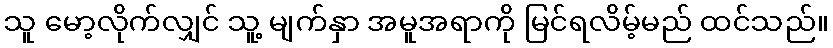
သူ မော့လိုက်လျှင် သူ့ မျက်နှာ အမူအရာကို မြင်ရလိမ့်မည် ထင်သည်။